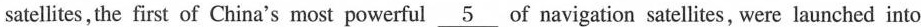
satellites,the first of China's most powerful \underline{5} of _navigation satellites, were launched into